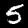
Digit: 5